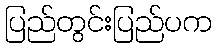
ပြည်တွင်းပြည်ပက